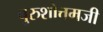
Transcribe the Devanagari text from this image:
पुरुशोत्तमजी